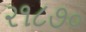
૨૧૮૭૦